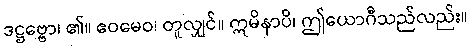
ဒဋ္ဌဗ္ဗော၊ ၏။ ဧဝမေဝ၊ တူလျှင်။ ဣမိနာပိ၊ ဤယောဂီသည်လည်း။